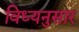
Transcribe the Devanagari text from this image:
विध्यनुसार